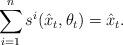
LaTeX: \begin{align*}\sum_{i=1}^n s^i(\hat{x}_t,\theta_t) = \hat{x}_t.\end{align*}